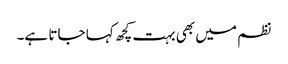
نظم میں بھی بہت کچھ کہا جاتا ہے۔